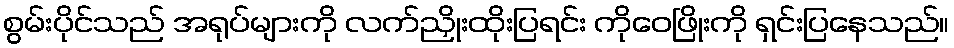
စွမ်းပိုင်သည် အရုပ်များကို လက်ညှိုးထိုးပြရင်း ကိုဝေဖြိုးကို ရှင်းပြနေသည်။